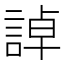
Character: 𧨳